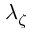
\lambda _ { \zeta }